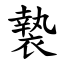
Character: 褺